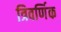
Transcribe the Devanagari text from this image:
त्रिवर्णिक